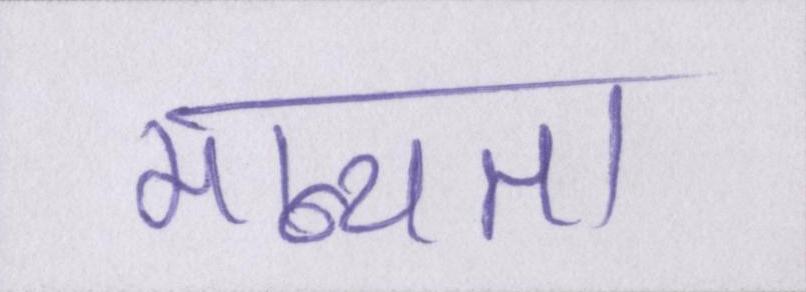
मान्यता